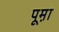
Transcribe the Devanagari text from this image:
पूम़ा